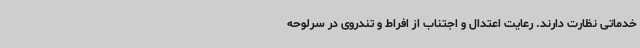
خدماتی نظارت دارند. رعایت اعتدال و اجتناب از افراط و تندروی در سرلوحه